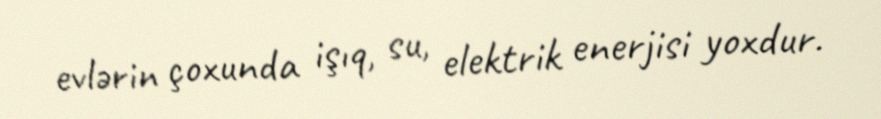
evlərin çoxunda işıq, su, elektrik enerjisi yoxdur.